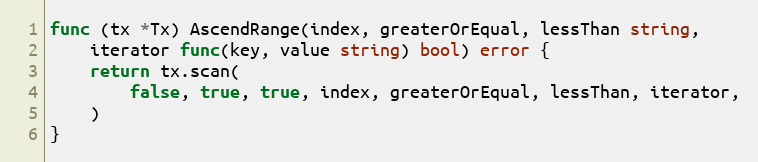
Language: Go
func (tx *Tx) AscendRange(index, greaterOrEqual, lessThan string,
	iterator func(key, value string) bool) error {
	return tx.scan(
		false, true, true, index, greaterOrEqual, lessThan, iterator,
	)
}